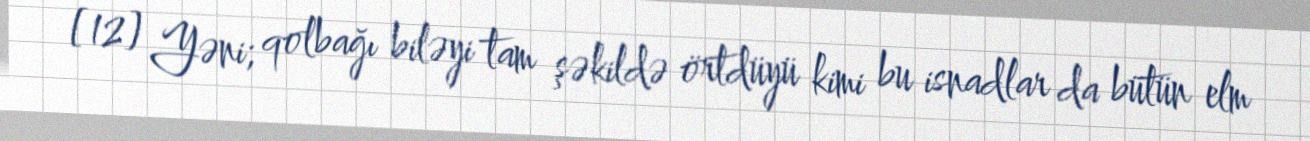
[12] Yəni; qolbağı biləyi tam şəkildə örtdüyü kimi bu isnadlar da bütün elm